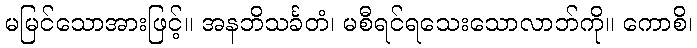
မမြင်သောအားဖြင့်။ အနဘိသင်္ခတံ၊ မစီရင်ရသေးသောလာဘ်ကို။ ကောစိ၊